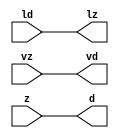
// ================================================================
// NVDLA Open Source Project
//
// Copyright(c) 2016 - 2017 NVIDIA Corporation. Licensed under the
// NVDLA Open Hardware License; Check "LICENSE" which comes with
// this distribution for more information.
// ================================================================
module FP16_TO_FP32_mgc_in_wire_wait_v1 (ld, vd, d, lz, vz, z);
  parameter integer rscid = 1;
  parameter integer width = 8;
  input ld;
  output vd;
  output [width-1:0] d;
  output lz;
  input vz;
  input [width-1:0] z;
  wire vd;
  wire [width-1:0] d;
  wire lz;
  assign d = z;
  assign lz = ld;
  assign vd = vz;
endmodule
//------> /home/tools/calypto/catapult-10.0-264918/Mgc_home/pkgs/siflibs/FP16_TO_FP32_mgc_out_stdreg_wait_v1.v
//------------------------------------------------------------------------------
// Catapult Synthesis - Sample I/O Port Library
//
// Copyright (c) 2003-2015 Mentor Graphics Corp.
// All Rights Reserved
//
// This document may be used and distributed without restriction provided that
// this copyright statement is not removed from the file and that any derivative
// work contains this copyright notice.
//
// The design information contained in this file is intended to be an example
// of the functionality which the end user may study in preparation for creating
// their own custom interfaces. This design does not necessarily present a
// complete implementation of the named protocol or standard.
//
//------------------------------------------------------------------------------
module FP16_TO_FP32_mgc_out_stdreg_wait_v1 (ld, vd, d, lz, vz, z);
  parameter integer rscid = 1;
  parameter integer width = 8;
  input ld;
  output vd;
  input [width-1:0] d;
  output lz;
  input vz;
  output [width-1:0] z;
  wire vd;
  wire lz;
  wire [width-1:0] z;
  assign z = d;
  assign lz = ld;
  assign vd = vz;
endmodule
//------> /home/tools/calypto/catapult-10.0-264918/Mgc_home/pkgs/siflibs/mgc_shift_l_beh_v4.v
module FP16_TO_FP32_mgc_shift_l_v4(a,s,z);
   parameter width_a = 4;
   parameter signd_a = 1;
   parameter width_s = 2;
   parameter width_z = 8;
   input [width_a-1:0] a;
   input [width_s-1:0] s;
   output [width_z -1:0] z;
   generate
   if (signd_a)
   begin: SIGNED
      assign z = fshl_u(a,s,a[width_a-1]);
   end
   else
   begin: UNSIGNED
      assign z = fshl_u(a,s,1'b0);
   end
   endgenerate
//Shift-left - unsigned shift argument one bit more
   function [width_z-1:0] fshl_u_1;
      input [width_a :0] arg1;
      input [width_s-1:0] arg2;
      input sbit;
      parameter olen = width_z;
      parameter ilen = width_a+1;
      parameter len = (ilen >= olen) ? ilen : olen;
      reg [len-1:0] result;
      reg [len-1:0] result_t;
      begin
        result_t = {(len){sbit}};
        result_t[ilen-1:0] = arg1;
        result = result_t <<< arg2;
        fshl_u_1 = result[olen-1:0];
      end
   endfunction // fshl_u
//Shift-left - unsigned shift argument
   function [width_z-1:0] fshl_u;
      input [width_a-1:0] arg1;
      input [width_s-1:0] arg2;
      input sbit;
      fshl_u = fshl_u_1({sbit,arg1} ,arg2, sbit);
   endfunction // fshl_u
endmodule
//------> ../td_ccore_solutions/leading_sign_23_0_4073cf0915bb058d810f74a52f4b9b365444_0/rtl.v
// ----------------------------------------------------------------------
// HLS HDL: Verilog Netlister
// HLS Version: 10.0/264918 Production Release
// HLS Date: Mon Aug 8 13:35:54 PDT 2016
//
// Generated by: ezhang@hk-sim-11-197
// Generated date: Tue Nov 15 18:08:42 2016
// ----------------------------------------------------------------------
//
// ------------------------------------------------------------------
// Design Unit: FP16_TO_FP32_leading_sign_23_0
// ------------------------------------------------------------------
module FP16_TO_FP32_leading_sign_23_0 (
  mantissa, rtn
);
  input [22:0] mantissa;
  output [4:0] rtn;
// Interconnect Declarations
  wire IntLeadZero_23U_leading_sign_23_0_rtn_wrs_c_6_2_sdt_2;
  wire IntLeadZero_23U_leading_sign_23_0_rtn_wrs_c_18_3_sdt_3;
  wire IntLeadZero_23U_leading_sign_23_0_rtn_wrs_c_26_2_sdt_2;
  wire IntLeadZero_23U_leading_sign_23_0_rtn_wrs_c_42_4_sdt_4;
  wire IntLeadZero_23U_leading_sign_23_0_rtn_wrs_c_50_2_sdt_2;
  wire IntLeadZero_23U_leading_sign_23_0_rtn_wrs_c_6_2_sdt_1;
  wire IntLeadZero_23U_leading_sign_23_0_rtn_wrs_c_14_2_sdt_1;
  wire IntLeadZero_23U_leading_sign_23_0_rtn_wrs_c_26_2_sdt_1;
  wire IntLeadZero_23U_leading_sign_23_0_rtn_wrs_c_34_2_sdt_1;
  wire IntLeadZero_23U_leading_sign_23_0_rtn_wrs_c_50_2_sdt_1;
  wire IntLeadZero_23U_leading_sign_23_0_rtn_wrs_c_56_2_sdt_1;
  wire c_h_1_2;
  wire c_h_1_5;
  wire c_h_1_6;
  wire c_h_1_9;
  wire c_h_1_10;
  wire[0:0] IntLeadZero_23U_leading_sign_23_0_rtn_and_85_nl;
  wire[0:0] IntLeadZero_23U_leading_sign_23_0_rtn_and_83_nl;
  wire[0:0] IntLeadZero_23U_leading_sign_23_0_rtn_and_90_nl;
  wire[0:0] IntLeadZero_23U_leading_sign_23_0_rtn_IntLeadZero_23U_leading_sign_23_0_rtn_or_2_nl;
// Interconnect Declarations for Component Instantiations
  assign IntLeadZero_23U_leading_sign_23_0_rtn_wrs_c_6_2_sdt_2 = ~((mantissa[20:19]!=2'b00));
  assign IntLeadZero_23U_leading_sign_23_0_rtn_wrs_c_6_2_sdt_1 = ~((mantissa[22:21]!=2'b00));
  assign IntLeadZero_23U_leading_sign_23_0_rtn_wrs_c_14_2_sdt_1 = ~((mantissa[18:17]!=2'b00));
  assign c_h_1_2 = IntLeadZero_23U_leading_sign_23_0_rtn_wrs_c_6_2_sdt_1 & IntLeadZero_23U_leading_sign_23_0_rtn_wrs_c_6_2_sdt_2;
  assign IntLeadZero_23U_leading_sign_23_0_rtn_wrs_c_18_3_sdt_3 = (mantissa[16:15]==2'b00)
      & IntLeadZero_23U_leading_sign_23_0_rtn_wrs_c_14_2_sdt_1;
  assign IntLeadZero_23U_leading_sign_23_0_rtn_wrs_c_26_2_sdt_2 = ~((mantissa[12:11]!=2'b00));
  assign IntLeadZero_23U_leading_sign_23_0_rtn_wrs_c_26_2_sdt_1 = ~((mantissa[14:13]!=2'b00));
  assign IntLeadZero_23U_leading_sign_23_0_rtn_wrs_c_34_2_sdt_1 = ~((mantissa[10:9]!=2'b00));
  assign c_h_1_5 = IntLeadZero_23U_leading_sign_23_0_rtn_wrs_c_26_2_sdt_1 & IntLeadZero_23U_leading_sign_23_0_rtn_wrs_c_26_2_sdt_2;
  assign c_h_1_6 = c_h_1_2 & IntLeadZero_23U_leading_sign_23_0_rtn_wrs_c_18_3_sdt_3;
  assign IntLeadZero_23U_leading_sign_23_0_rtn_wrs_c_42_4_sdt_4 = (mantissa[8:7]==2'b00)
      & IntLeadZero_23U_leading_sign_23_0_rtn_wrs_c_34_2_sdt_1 & c_h_1_5;
  assign IntLeadZero_23U_leading_sign_23_0_rtn_wrs_c_50_2_sdt_2 = ~((mantissa[4:3]!=2'b00));
  assign IntLeadZero_23U_leading_sign_23_0_rtn_wrs_c_50_2_sdt_1 = ~((mantissa[6:5]!=2'b00));
  assign IntLeadZero_23U_leading_sign_23_0_rtn_wrs_c_56_2_sdt_1 = ~((mantissa[2:1]!=2'b00));
  assign c_h_1_9 = IntLeadZero_23U_leading_sign_23_0_rtn_wrs_c_50_2_sdt_1 & IntLeadZero_23U_leading_sign_23_0_rtn_wrs_c_50_2_sdt_2;
  assign c_h_1_10 = c_h_1_6 & IntLeadZero_23U_leading_sign_23_0_rtn_wrs_c_42_4_sdt_4;
  assign IntLeadZero_23U_leading_sign_23_0_rtn_and_85_nl = c_h_1_6 & (~ IntLeadZero_23U_leading_sign_23_0_rtn_wrs_c_42_4_sdt_4);
  assign IntLeadZero_23U_leading_sign_23_0_rtn_and_83_nl = c_h_1_2 & (c_h_1_5 | (~
      IntLeadZero_23U_leading_sign_23_0_rtn_wrs_c_18_3_sdt_3)) & (c_h_1_9 | (~ c_h_1_10));
  assign IntLeadZero_23U_leading_sign_23_0_rtn_and_90_nl = IntLeadZero_23U_leading_sign_23_0_rtn_wrs_c_6_2_sdt_1
      & (IntLeadZero_23U_leading_sign_23_0_rtn_wrs_c_14_2_sdt_1 | (~ IntLeadZero_23U_leading_sign_23_0_rtn_wrs_c_6_2_sdt_2))
      & (~((~(IntLeadZero_23U_leading_sign_23_0_rtn_wrs_c_26_2_sdt_1 & (IntLeadZero_23U_leading_sign_23_0_rtn_wrs_c_34_2_sdt_1
      | (~ IntLeadZero_23U_leading_sign_23_0_rtn_wrs_c_26_2_sdt_2)))) & c_h_1_6))
      & (~((~(IntLeadZero_23U_leading_sign_23_0_rtn_wrs_c_50_2_sdt_1 & (IntLeadZero_23U_leading_sign_23_0_rtn_wrs_c_56_2_sdt_1
      | (~ IntLeadZero_23U_leading_sign_23_0_rtn_wrs_c_50_2_sdt_2)))) & c_h_1_10));
  assign IntLeadZero_23U_leading_sign_23_0_rtn_IntLeadZero_23U_leading_sign_23_0_rtn_or_2_nl
      = ((~((mantissa[22]) | (~((mantissa[21:20]!=2'b01))))) & (~(((mantissa[18])
      | (~((mantissa[17:16]!=2'b01)))) & c_h_1_2)) & (~((~((~((mantissa[14]) | (~((mantissa[13:12]!=2'b01)))))
      & (~(((mantissa[10]) | (~((mantissa[9:8]!=2'b01)))) & c_h_1_5)))) & c_h_1_6))
      & (~((~((~((mantissa[6]) | (~((mantissa[5:4]!=2'b01))))) & (~((~((mantissa[2:1]==2'b01)))
      & c_h_1_9)))) & c_h_1_10))) | ((~ (mantissa[0])) & IntLeadZero_23U_leading_sign_23_0_rtn_wrs_c_56_2_sdt_1
      & c_h_1_9 & c_h_1_10);
  assign rtn = {c_h_1_10 , (IntLeadZero_23U_leading_sign_23_0_rtn_and_85_nl) , (IntLeadZero_23U_leading_sign_23_0_rtn_and_83_nl)
      , (IntLeadZero_23U_leading_sign_23_0_rtn_and_90_nl) , (IntLeadZero_23U_leading_sign_23_0_rtn_IntLeadZero_23U_leading_sign_23_0_rtn_or_2_nl)};
endmodule
//------> ./rtl.v
// ----------------------------------------------------------------------
// HLS HDL: Verilog Netlister
// HLS Version: 10.0/264918 Production Release
// HLS Date: Mon Aug 8 13:35:54 PDT 2016
//
// Generated by: ezhang@hk-sim-10-084
// Generated date: Mon Mar 20 14:09:04 2017
// ----------------------------------------------------------------------
//
// ------------------------------------------------------------------
// Design Unit: FP16_TO_FP32_chn_o_rsci_unreg
// ------------------------------------------------------------------
module FP16_TO_FP32_chn_o_rsci_unreg (
  in_0, outsig
);
  input in_0;
  output outsig;
// Interconnect Declarations for Component Instantiations
  assign outsig = in_0;
endmodule
// ------------------------------------------------------------------
// Design Unit: FP16_TO_FP32_chn_a_rsci_unreg
// ------------------------------------------------------------------
module FP16_TO_FP32_chn_a_rsci_unreg (
  in_0, outsig
);
  input in_0;
  output outsig;
// Interconnect Declarations for Component Instantiations
  assign outsig = in_0;
endmodule
// ------------------------------------------------------------------
// Design Unit: HLS_fp16_to_fp32_core_core_fsm
// FSM Module
// ------------------------------------------------------------------
module HLS_fp16_to_fp32_core_core_fsm (
  nvdla_core_clk, nvdla_core_rstn, core_wen, fsm_output
);
  input nvdla_core_clk;
  input nvdla_core_rstn;
  input core_wen;
  output [1:0] fsm_output;
  reg [1:0] fsm_output;
// FSM State Type Declaration for HLS_fp16_to_fp32_core_core_fsm_1
  parameter
    core_rlp_C_0 = 1'd0,
    main_C_0 = 1'd1;
  reg [0:0] state_var;
  reg [0:0] state_var_NS;
// Interconnect Declarations for Component Instantiations
  always @(*)
  begin : HLS_fp16_to_fp32_core_core_fsm_1
    case (state_var)
      main_C_0 : begin
        fsm_output = 2'b10;
        state_var_NS = main_C_0;
      end
// core_rlp_C_0
      default : begin
        fsm_output = 2'b1;
        state_var_NS = main_C_0;
      end
    endcase
  end
  always @(posedge nvdla_core_clk or negedge nvdla_core_rstn) begin
    if ( ~ nvdla_core_rstn ) begin
      state_var <= core_rlp_C_0;
    end
    else if ( core_wen ) begin
      state_var <= state_var_NS;
    end
  end
endmodule
// ------------------------------------------------------------------
// Design Unit: HLS_fp16_to_fp32_core_staller
// ------------------------------------------------------------------
module HLS_fp16_to_fp32_core_staller (
  nvdla_core_clk, nvdla_core_rstn, core_wen, chn_a_rsci_wen_comp, core_wten, chn_o_rsci_wen_comp
);
  input nvdla_core_clk;
  input nvdla_core_rstn;
  output core_wen;
  input chn_a_rsci_wen_comp;
  output core_wten;
  reg core_wten;
  input chn_o_rsci_wen_comp;
// Interconnect Declarations for Component Instantiations
  assign core_wen = chn_a_rsci_wen_comp & chn_o_rsci_wen_comp;
  always @(posedge nvdla_core_clk or negedge nvdla_core_rstn) begin
    if ( ~ nvdla_core_rstn ) begin
      core_wten <= 1'b0;
    end
    else begin
      core_wten <= ~ core_wen;
    end
  end
endmodule
// ------------------------------------------------------------------
// Design Unit: HLS_fp16_to_fp32_core_chn_o_rsci_chn_o_wait_dp
// ------------------------------------------------------------------
module HLS_fp16_to_fp32_core_chn_o_rsci_chn_o_wait_dp (
  nvdla_core_clk, nvdla_core_rstn, chn_o_rsci_oswt, chn_o_rsci_bawt, chn_o_rsci_wen_comp,
      chn_o_rsci_biwt, chn_o_rsci_bdwt
);
  input nvdla_core_clk;
  input nvdla_core_rstn;
  input chn_o_rsci_oswt;
  output chn_o_rsci_bawt;
  output chn_o_rsci_wen_comp;
  input chn_o_rsci_biwt;
  input chn_o_rsci_bdwt;
// Interconnect Declarations
  reg chn_o_rsci_bcwt;
// Interconnect Declarations for Component Instantiations
  assign chn_o_rsci_bawt = chn_o_rsci_biwt | chn_o_rsci_bcwt;
  assign chn_o_rsci_wen_comp = (~ chn_o_rsci_oswt) | chn_o_rsci_bawt;
  always @(posedge nvdla_core_clk or negedge nvdla_core_rstn) begin
    if ( ~ nvdla_core_rstn ) begin
      chn_o_rsci_bcwt <= 1'b0;
    end
    else begin
      chn_o_rsci_bcwt <= ~((~(chn_o_rsci_bcwt | chn_o_rsci_biwt)) | chn_o_rsci_bdwt);
    end
  end
endmodule
// ------------------------------------------------------------------
// Design Unit: HLS_fp16_to_fp32_core_chn_o_rsci_chn_o_wait_ctrl
// ------------------------------------------------------------------
module HLS_fp16_to_fp32_core_chn_o_rsci_chn_o_wait_ctrl (
  nvdla_core_clk, nvdla_core_rstn, chn_o_rsci_oswt, core_wen, core_wten, chn_o_rsci_iswt0,
      chn_o_rsci_ld_core_psct, chn_o_rsci_biwt, chn_o_rsci_bdwt, chn_o_rsci_ld_core_sct,
      chn_o_rsci_vd
);
  input nvdla_core_clk;
  input nvdla_core_rstn;
  input chn_o_rsci_oswt;
  input core_wen;
  input core_wten;
  input chn_o_rsci_iswt0;
  input chn_o_rsci_ld_core_psct;
  output chn_o_rsci_biwt;
  output chn_o_rsci_bdwt;
  output chn_o_rsci_ld_core_sct;
  input chn_o_rsci_vd;
// Interconnect Declarations
  wire chn_o_rsci_ogwt;
  wire chn_o_rsci_pdswt0;
  reg chn_o_rsci_icwt;
// Interconnect Declarations for Component Instantiations
  assign chn_o_rsci_pdswt0 = (~ core_wten) & chn_o_rsci_iswt0;
  assign chn_o_rsci_biwt = chn_o_rsci_ogwt & chn_o_rsci_vd;
  assign chn_o_rsci_ogwt = chn_o_rsci_pdswt0 | chn_o_rsci_icwt;
  assign chn_o_rsci_bdwt = chn_o_rsci_oswt & core_wen;
  assign chn_o_rsci_ld_core_sct = chn_o_rsci_ld_core_psct & chn_o_rsci_ogwt;
  always @(posedge nvdla_core_clk or negedge nvdla_core_rstn) begin
    if ( ~ nvdla_core_rstn ) begin
      chn_o_rsci_icwt <= 1'b0;
    end
    else begin
      chn_o_rsci_icwt <= ~((~(chn_o_rsci_icwt | chn_o_rsci_pdswt0)) | chn_o_rsci_biwt);
    end
  end
endmodule
// ------------------------------------------------------------------
// Design Unit: HLS_fp16_to_fp32_core_chn_a_rsci_chn_a_wait_dp
// ------------------------------------------------------------------
module HLS_fp16_to_fp32_core_chn_a_rsci_chn_a_wait_dp (
  nvdla_core_clk, nvdla_core_rstn, chn_a_rsci_oswt, chn_a_rsci_bawt, chn_a_rsci_wen_comp,
      chn_a_rsci_d_mxwt, chn_a_rsci_biwt, chn_a_rsci_bdwt, chn_a_rsci_d
);
  input nvdla_core_clk;
  input nvdla_core_rstn;
  input chn_a_rsci_oswt;
  output chn_a_rsci_bawt;
  output chn_a_rsci_wen_comp;
  output [15:0] chn_a_rsci_d_mxwt;
  input chn_a_rsci_biwt;
  input chn_a_rsci_bdwt;
  input [15:0] chn_a_rsci_d;
// Interconnect Declarations
  reg chn_a_rsci_bcwt;
  reg [15:0] chn_a_rsci_d_bfwt;
// Interconnect Declarations for Component Instantiations
  assign chn_a_rsci_bawt = chn_a_rsci_biwt | chn_a_rsci_bcwt;
  assign chn_a_rsci_wen_comp = (~ chn_a_rsci_oswt) | chn_a_rsci_bawt;
  assign chn_a_rsci_d_mxwt = MUX_v_16_2_2(chn_a_rsci_d, chn_a_rsci_d_bfwt, chn_a_rsci_bcwt);
  always @(posedge nvdla_core_clk or negedge nvdla_core_rstn) begin
    if ( ~ nvdla_core_rstn ) begin
      chn_a_rsci_bcwt <= 1'b0;
      chn_a_rsci_d_bfwt <= 16'b0;
    end
    else begin
      chn_a_rsci_bcwt <= ~((~(chn_a_rsci_bcwt | chn_a_rsci_biwt)) | chn_a_rsci_bdwt);
      chn_a_rsci_d_bfwt <= chn_a_rsci_d_mxwt;
    end
  end
  function [15:0] MUX_v_16_2_2;
    input [15:0] input_0;
    input [15:0] input_1;
    input [0:0] sel;
    reg [15:0] result;
  begin
    case (sel)
      1'b0 : begin
        result = input_0;
      end
      default : begin
        result = input_1;
      end
    endcase
    MUX_v_16_2_2 = result;
  end
  endfunction
endmodule
// ------------------------------------------------------------------
// Design Unit: HLS_fp16_to_fp32_core_chn_a_rsci_chn_a_wait_ctrl
// ------------------------------------------------------------------
module HLS_fp16_to_fp32_core_chn_a_rsci_chn_a_wait_ctrl (
  nvdla_core_clk, nvdla_core_rstn, chn_a_rsci_oswt, core_wen, chn_a_rsci_iswt0, chn_a_rsci_ld_core_psct,
      core_wten, chn_a_rsci_biwt, chn_a_rsci_bdwt, chn_a_rsci_ld_core_sct, chn_a_rsci_vd
);
  input nvdla_core_clk;
  input nvdla_core_rstn;
  input chn_a_rsci_oswt;
  input core_wen;
  input chn_a_rsci_iswt0;
  input chn_a_rsci_ld_core_psct;
  input core_wten;
  output chn_a_rsci_biwt;
  output chn_a_rsci_bdwt;
  output chn_a_rsci_ld_core_sct;
  input chn_a_rsci_vd;
// Interconnect Declarations
  wire chn_a_rsci_ogwt;
  wire chn_a_rsci_pdswt0;
  reg chn_a_rsci_icwt;
// Interconnect Declarations for Component Instantiations
  assign chn_a_rsci_pdswt0 = (~ core_wten) & chn_a_rsci_iswt0;
  assign chn_a_rsci_biwt = chn_a_rsci_ogwt & chn_a_rsci_vd;
  assign chn_a_rsci_ogwt = chn_a_rsci_pdswt0 | chn_a_rsci_icwt;
  assign chn_a_rsci_bdwt = chn_a_rsci_oswt & core_wen;
  assign chn_a_rsci_ld_core_sct = chn_a_rsci_ld_core_psct & chn_a_rsci_ogwt;
  always @(posedge nvdla_core_clk or negedge nvdla_core_rstn) begin
    if ( ~ nvdla_core_rstn ) begin
      chn_a_rsci_icwt <= 1'b0;
    end
    else begin
      chn_a_rsci_icwt <= ~((~(chn_a_rsci_icwt | chn_a_rsci_pdswt0)) | chn_a_rsci_biwt);
    end
  end
endmodule
// ------------------------------------------------------------------
// Design Unit: HLS_fp16_to_fp32_core_chn_o_rsci
// ------------------------------------------------------------------
module HLS_fp16_to_fp32_core_chn_o_rsci (
  nvdla_core_clk, nvdla_core_rstn, chn_o_rsc_z, chn_o_rsc_vz, chn_o_rsc_lz, chn_o_rsci_oswt,
      core_wen, core_wten, chn_o_rsci_iswt0, chn_o_rsci_bawt, chn_o_rsci_wen_comp,
      chn_o_rsci_ld_core_psct, chn_o_rsci_d
);
  input nvdla_core_clk;
  input nvdla_core_rstn;
  output [31:0] chn_o_rsc_z;
  input chn_o_rsc_vz;
  output chn_o_rsc_lz;
  input chn_o_rsci_oswt;
  input core_wen;
  input core_wten;
  input chn_o_rsci_iswt0;
  output chn_o_rsci_bawt;
  output chn_o_rsci_wen_comp;
  input chn_o_rsci_ld_core_psct;
  input [31:0] chn_o_rsci_d;
// Interconnect Declarations
  wire chn_o_rsci_biwt;
  wire chn_o_rsci_bdwt;
  wire chn_o_rsci_ld_core_sct;
  wire chn_o_rsci_vd;
// Interconnect Declarations for Component Instantiations
  FP16_TO_FP32_mgc_out_stdreg_wait_v1 #(.rscid(32'sd2),
  .width(32'sd32)) chn_o_rsci (
      .ld(chn_o_rsci_ld_core_sct),
      .vd(chn_o_rsci_vd),
      .d(chn_o_rsci_d),
      .lz(chn_o_rsc_lz),
      .vz(chn_o_rsc_vz),
      .z(chn_o_rsc_z)
    );
  HLS_fp16_to_fp32_core_chn_o_rsci_chn_o_wait_ctrl HLS_fp16_to_fp32_core_chn_o_rsci_chn_o_wait_ctrl_inst
      (
      .nvdla_core_clk(nvdla_core_clk),
      .nvdla_core_rstn(nvdla_core_rstn),
      .chn_o_rsci_oswt(chn_o_rsci_oswt),
      .core_wen(core_wen),
      .core_wten(core_wten),
      .chn_o_rsci_iswt0(chn_o_rsci_iswt0),
      .chn_o_rsci_ld_core_psct(chn_o_rsci_ld_core_psct),
      .chn_o_rsci_biwt(chn_o_rsci_biwt),
      .chn_o_rsci_bdwt(chn_o_rsci_bdwt),
      .chn_o_rsci_ld_core_sct(chn_o_rsci_ld_core_sct),
      .chn_o_rsci_vd(chn_o_rsci_vd)
    );
  HLS_fp16_to_fp32_core_chn_o_rsci_chn_o_wait_dp HLS_fp16_to_fp32_core_chn_o_rsci_chn_o_wait_dp_inst
      (
      .nvdla_core_clk(nvdla_core_clk),
      .nvdla_core_rstn(nvdla_core_rstn),
      .chn_o_rsci_oswt(chn_o_rsci_oswt),
      .chn_o_rsci_bawt(chn_o_rsci_bawt),
      .chn_o_rsci_wen_comp(chn_o_rsci_wen_comp),
      .chn_o_rsci_biwt(chn_o_rsci_biwt),
      .chn_o_rsci_bdwt(chn_o_rsci_bdwt)
    );
endmodule
// ------------------------------------------------------------------
// Design Unit: HLS_fp16_to_fp32_core_chn_a_rsci
// ------------------------------------------------------------------
module HLS_fp16_to_fp32_core_chn_a_rsci (
  nvdla_core_clk, nvdla_core_rstn, chn_a_rsc_z, chn_a_rsc_vz, chn_a_rsc_lz, chn_a_rsci_oswt,
      core_wen, chn_a_rsci_iswt0, chn_a_rsci_bawt, chn_a_rsci_wen_comp, chn_a_rsci_ld_core_psct,
      chn_a_rsci_d_mxwt, core_wten
);
  input nvdla_core_clk;
  input nvdla_core_rstn;
  input [15:0] chn_a_rsc_z;
  input chn_a_rsc_vz;
  output chn_a_rsc_lz;
  input chn_a_rsci_oswt;
  input core_wen;
  input chn_a_rsci_iswt0;
  output chn_a_rsci_bawt;
  output chn_a_rsci_wen_comp;
  input chn_a_rsci_ld_core_psct;
  output [15:0] chn_a_rsci_d_mxwt;
  input core_wten;
// Interconnect Declarations
  wire chn_a_rsci_biwt;
  wire chn_a_rsci_bdwt;
  wire chn_a_rsci_ld_core_sct;
  wire chn_a_rsci_vd;
  wire [15:0] chn_a_rsci_d;
// Interconnect Declarations for Component Instantiations
  FP16_TO_FP32_mgc_in_wire_wait_v1 #(.rscid(32'sd1),
  .width(32'sd16)) chn_a_rsci (
      .ld(chn_a_rsci_ld_core_sct),
      .vd(chn_a_rsci_vd),
      .d(chn_a_rsci_d),
      .lz(chn_a_rsc_lz),
      .vz(chn_a_rsc_vz),
      .z(chn_a_rsc_z)
    );
  HLS_fp16_to_fp32_core_chn_a_rsci_chn_a_wait_ctrl HLS_fp16_to_fp32_core_chn_a_rsci_chn_a_wait_ctrl_inst
      (
      .nvdla_core_clk(nvdla_core_clk),
      .nvdla_core_rstn(nvdla_core_rstn),
      .chn_a_rsci_oswt(chn_a_rsci_oswt),
      .core_wen(core_wen),
      .chn_a_rsci_iswt0(chn_a_rsci_iswt0),
      .chn_a_rsci_ld_core_psct(chn_a_rsci_ld_core_psct),
      .core_wten(core_wten),
      .chn_a_rsci_biwt(chn_a_rsci_biwt),
      .chn_a_rsci_bdwt(chn_a_rsci_bdwt),
      .chn_a_rsci_ld_core_sct(chn_a_rsci_ld_core_sct),
      .chn_a_rsci_vd(chn_a_rsci_vd)
    );
  HLS_fp16_to_fp32_core_chn_a_rsci_chn_a_wait_dp HLS_fp16_to_fp32_core_chn_a_rsci_chn_a_wait_dp_inst
      (
      .nvdla_core_clk(nvdla_core_clk),
      .nvdla_core_rstn(nvdla_core_rstn),
      .chn_a_rsci_oswt(chn_a_rsci_oswt),
      .chn_a_rsci_bawt(chn_a_rsci_bawt),
      .chn_a_rsci_wen_comp(chn_a_rsci_wen_comp),
      .chn_a_rsci_d_mxwt(chn_a_rsci_d_mxwt),
      .chn_a_rsci_biwt(chn_a_rsci_biwt),
      .chn_a_rsci_bdwt(chn_a_rsci_bdwt),
      .chn_a_rsci_d(chn_a_rsci_d)
    );
endmodule
// ------------------------------------------------------------------
// Design Unit: HLS_fp16_to_fp32_core
// ------------------------------------------------------------------
module HLS_fp16_to_fp32_core (
  nvdla_core_clk, nvdla_core_rstn, chn_a_rsc_z, chn_a_rsc_vz, chn_a_rsc_lz, chn_o_rsc_z,
      chn_o_rsc_vz, chn_o_rsc_lz, chn_a_rsci_oswt, chn_a_rsci_oswt_unreg, chn_o_rsci_oswt,
      chn_o_rsci_oswt_unreg
);
  input nvdla_core_clk;
  input nvdla_core_rstn;
  input [15:0] chn_a_rsc_z;
  input chn_a_rsc_vz;
  output chn_a_rsc_lz;
  output [31:0] chn_o_rsc_z;
  input chn_o_rsc_vz;
  output chn_o_rsc_lz;
  input chn_a_rsci_oswt;
  output chn_a_rsci_oswt_unreg;
  input chn_o_rsci_oswt;
  output chn_o_rsci_oswt_unreg;
// Interconnect Declarations
  wire core_wen;
  reg chn_a_rsci_iswt0;
  wire chn_a_rsci_bawt;
  wire chn_a_rsci_wen_comp;
  reg chn_a_rsci_ld_core_psct;
  wire [15:0] chn_a_rsci_d_mxwt;
  wire core_wten;
  wire chn_o_rsci_bawt;
  wire chn_o_rsci_wen_comp;
  reg chn_o_rsci_d_31;
  reg [3:0] chn_o_rsci_d_26_23;
  reg [9:0] chn_o_rsci_d_22_13;
  reg [2:0] chn_o_rsci_d_12_10;
  reg [9:0] chn_o_rsci_d_9_0;
  reg [1:0] chn_o_rsci_d_30_29;
  reg [1:0] chn_o_rsci_d_28_27;
  wire [1:0] fsm_output;
  wire IsNaN_5U_23U_nor_tmp;
  wire and_dcpl_2;
  wire and_dcpl_7;
  wire and_dcpl_10;
  wire or_dcpl_8;
  wire and_dcpl_23;
  wire or_tmp_19;
  wire and_42_cse;
  wire and_46_cse;
  wire and_48_cse;
  wire and_4_mdf;
  wire IsDenorm_5U_23U_land_lpi_1_dfm;
  wire IsInf_5U_23U_land_lpi_1_dfm;
  wire IsNaN_5U_23U_IsNaN_5U_23U_nand_cse;
  wire IsZero_5U_23U_IsZero_5U_23U_nor_cse_sva;
  wire [9:0] FpMantWidthInc_5U_10U_23U_1U_1U_o_mant_22_13_lpi_1_dfm;
  wire [9:0] FpMantWidthInc_5U_10U_23U_1U_1U_o_mant_9_0_lpi_1_dfm;
  wire chn_o_and_1_cse;
  reg reg_chn_o_rsci_iswt0_cse;
  reg reg_chn_o_rsci_ld_core_psct_cse;
  wire or_cse;
  wire chn_o_rsci_d_9_0_mx0c1;
  wire [22:0] FpExpoWidthInc_5U_8U_23U_1U_1U_o_mant_sva_2;
  wire FpExpoWidthInc_5U_8U_23U_1U_1U_FpExpoWidthInc_5U_8U_23U_1U_1U_nor_ssc;
  wire [5:0] z_out;
  wire [6:0] nl_z_out;
  wire HLS_fp16_to_fp32_core_nvdla_float_h_ln477_assert_iExpoWidth_le_oExpoWidth_sig_mx0;
  wire chn_a_rsci_ld_core_psct_mx0c0;
  wire [5:0] FpExpoWidthInc_5U_8U_23U_1U_1U_if_1_if_acc_psp_sva;
  wire [6:0] nl_FpExpoWidthInc_5U_8U_23U_1U_1U_if_1_if_acc_psp_sva;
  wire IsNaN_5U_23U_land_lpi_1_dfm;
  wire FpExpoWidthInc_5U_8U_23U_1U_1U_exs_10_0;
  wire [4:0] libraries_leading_sign_23_0_4073cf0915bb058d810f74a52f4b9b365444_1;
  wire[0:0] iExpoWidth_oExpoWidth_prb;
  wire[0:0] iMantWidth_oMantWidth_prb;
  wire[0:0] iMantWidth_oMantWidth_prb_1;
  wire[0:0] iExpoWidth_oExpoWidth_prb_1;
  wire[1:0] FpExpoWidthInc_5U_8U_23U_1U_1U_mux_6_nl;
  wire[1:0] FpExpoWidthInc_5U_8U_23U_1U_1U_FpExpoWidthInc_5U_8U_23U_1U_1U_and_2_nl;
  wire[1:0] FpExpoWidthInc_5U_8U_23U_1U_1U_mux_8_nl;
  wire[1:0] FpExpoWidthInc_5U_8U_23U_1U_1U_FpExpoWidthInc_5U_8U_23U_1U_1U_and_5_nl;
  wire[9:0] FpExpoWidthInc_5U_8U_23U_1U_1U_FpExpoWidthInc_5U_8U_23U_1U_1U_or_4_nl;
  wire[0:0] or_35_nl;
  wire[2:0] FpExpoWidthInc_5U_8U_23U_1U_1U_if_3_nor_nl;
  wire[2:0] FpExpoWidthInc_5U_8U_23U_1U_1U_FpExpoWidthInc_5U_8U_23U_1U_1U_and_4_nl;
  wire[0:0] not_nl;
  wire[9:0] FpExpoWidthInc_5U_8U_23U_1U_1U_FpExpoWidthInc_5U_8U_23U_1U_1U_or_5_nl;
  wire[0:0] or_36_nl;
  wire[3:0] FpExpoWidthInc_5U_8U_23U_1U_1U_FpExpoWidthInc_5U_8U_23U_1U_1U_mux1h_nl;
  wire[0:0] and_6_nl;
  wire[0:0] IsNaN_5U_23U_aelse_not_2_nl;
  wire[4:0] FpExpoWidthInc_5U_8U_23U_1U_1U_else_mux_1_nl;
  wire[0:0] FpExpoWidthInc_5U_8U_23U_1U_1U_if_1_if_and_1_nl;
// Interconnect Declarations for Component Instantiations
  wire [21:0] nl_FpExpoWidthInc_5U_8U_23U_1U_1U_if_1_if_lshift_rg_a;
  assign nl_FpExpoWidthInc_5U_8U_23U_1U_1U_if_1_if_lshift_rg_a = {(chn_a_rsci_d_mxwt[8:0])
      , 13'b0};
  wire [5:0] nl_FpExpoWidthInc_5U_8U_23U_1U_1U_if_1_if_lshift_rg_s;
  assign nl_FpExpoWidthInc_5U_8U_23U_1U_1U_if_1_if_lshift_rg_s = z_out;
  wire [22:0] nl_leading_sign_23_0_rg_mantissa;
  assign nl_leading_sign_23_0_rg_mantissa = {(chn_a_rsci_d_mxwt[9:0]) , 13'b0};
  wire [31:0] nl_HLS_fp16_to_fp32_core_chn_o_rsci_inst_chn_o_rsci_d;
  assign nl_HLS_fp16_to_fp32_core_chn_o_rsci_inst_chn_o_rsci_d = {chn_o_rsci_d_31
      , chn_o_rsci_d_30_29 , chn_o_rsci_d_28_27 , chn_o_rsci_d_26_23 , chn_o_rsci_d_22_13
      , chn_o_rsci_d_12_10 , chn_o_rsci_d_9_0};
  FP16_TO_FP32_mgc_shift_l_v4 #(.width_a(32'sd22),
  .signd_a(32'sd0),
  .width_s(32'sd6),
  .width_z(32'sd23)) FpExpoWidthInc_5U_8U_23U_1U_1U_if_1_if_lshift_rg (
      .a(nl_FpExpoWidthInc_5U_8U_23U_1U_1U_if_1_if_lshift_rg_a[21:0]),
      .s(nl_FpExpoWidthInc_5U_8U_23U_1U_1U_if_1_if_lshift_rg_s[5:0]),
      .z(FpExpoWidthInc_5U_8U_23U_1U_1U_o_mant_sva_2)
    );
  FP16_TO_FP32_leading_sign_23_0 leading_sign_23_0_rg (
      .mantissa(nl_leading_sign_23_0_rg_mantissa[22:0]),
      .rtn(libraries_leading_sign_23_0_4073cf0915bb058d810f74a52f4b9b365444_1)
    );
  HLS_fp16_to_fp32_core_chn_a_rsci HLS_fp16_to_fp32_core_chn_a_rsci_inst (
      .nvdla_core_clk(nvdla_core_clk),
      .nvdla_core_rstn(nvdla_core_rstn),
      .chn_a_rsc_z(chn_a_rsc_z),
      .chn_a_rsc_vz(chn_a_rsc_vz),
      .chn_a_rsc_lz(chn_a_rsc_lz),
      .chn_a_rsci_oswt(chn_a_rsci_oswt),
      .core_wen(core_wen),
      .chn_a_rsci_iswt0(chn_a_rsci_iswt0),
      .chn_a_rsci_bawt(chn_a_rsci_bawt),
      .chn_a_rsci_wen_comp(chn_a_rsci_wen_comp),
      .chn_a_rsci_ld_core_psct(chn_a_rsci_ld_core_psct),
      .chn_a_rsci_d_mxwt(chn_a_rsci_d_mxwt),
      .core_wten(core_wten)
    );
  HLS_fp16_to_fp32_core_chn_o_rsci HLS_fp16_to_fp32_core_chn_o_rsci_inst (
      .nvdla_core_clk(nvdla_core_clk),
      .nvdla_core_rstn(nvdla_core_rstn),
      .chn_o_rsc_z(chn_o_rsc_z),
      .chn_o_rsc_vz(chn_o_rsc_vz),
      .chn_o_rsc_lz(chn_o_rsc_lz),
      .chn_o_rsci_oswt(chn_o_rsci_oswt),
      .core_wen(core_wen),
      .core_wten(core_wten),
      .chn_o_rsci_iswt0(reg_chn_o_rsci_iswt0_cse),
      .chn_o_rsci_bawt(chn_o_rsci_bawt),
      .chn_o_rsci_wen_comp(chn_o_rsci_wen_comp),
      .chn_o_rsci_ld_core_psct(reg_chn_o_rsci_ld_core_psct_cse),
      .chn_o_rsci_d(nl_HLS_fp16_to_fp32_core_chn_o_rsci_inst_chn_o_rsci_d[31:0])
    );
  HLS_fp16_to_fp32_core_staller HLS_fp16_to_fp32_core_staller_inst (
      .nvdla_core_clk(nvdla_core_clk),
      .nvdla_core_rstn(nvdla_core_rstn),
      .core_wen(core_wen),
      .chn_a_rsci_wen_comp(chn_a_rsci_wen_comp),
      .core_wten(core_wten),
      .chn_o_rsci_wen_comp(chn_o_rsci_wen_comp)
    );
  HLS_fp16_to_fp32_core_core_fsm HLS_fp16_to_fp32_core_core_fsm_inst (
      .nvdla_core_clk(nvdla_core_clk),
      .nvdla_core_rstn(nvdla_core_rstn),
      .core_wen(core_wen),
      .fsm_output(fsm_output)
    );
  assign iExpoWidth_oExpoWidth_prb = HLS_fp16_to_fp32_core_nvdla_float_h_ln477_assert_iExpoWidth_le_oExpoWidth_sig_mx0;
// assert(iExpoWidth <= oExpoWidth) - ../include/nvdla_float.h: line 596
// PSL HLS_fp16_to_fp32_core_nvdla_float_h_ln596_assert_iExpoWidth_le_oExpoWidth : assert { iExpoWidth_oExpoWidth_prb } @rose(nvdla_core_clk);
  assign iMantWidth_oMantWidth_prb = HLS_fp16_to_fp32_core_nvdla_float_h_ln477_assert_iExpoWidth_le_oExpoWidth_sig_mx0;
// assert(iMantWidth <= oMantWidth) - ../include/nvdla_float.h: line 597
// PSL HLS_fp16_to_fp32_core_nvdla_float_h_ln597_assert_iMantWidth_le_oMantWidth : assert { iMantWidth_oMantWidth_prb } @rose(nvdla_core_clk);
  assign iMantWidth_oMantWidth_prb_1 = HLS_fp16_to_fp32_core_nvdla_float_h_ln477_assert_iExpoWidth_le_oExpoWidth_sig_mx0;
// assert(iMantWidth <= oMantWidth) - ../include/nvdla_float.h: line 550
// PSL HLS_fp16_to_fp32_core_nvdla_float_h_ln550_assert_iMantWidth_le_oMantWidth : assert { iMantWidth_oMantWidth_prb_1 } @rose(nvdla_core_clk);
  assign iExpoWidth_oExpoWidth_prb_1 = HLS_fp16_to_fp32_core_nvdla_float_h_ln477_assert_iExpoWidth_le_oExpoWidth_sig_mx0;
// assert(iExpoWidth <= oExpoWidth) - ../include/nvdla_float.h: line 477
// PSL HLS_fp16_to_fp32_core_nvdla_float_h_ln477_assert_iExpoWidth_le_oExpoWidth : assert { iExpoWidth_oExpoWidth_prb_1 } @rose(nvdla_core_clk);
  assign chn_o_and_1_cse = core_wen & (~(and_42_cse | (fsm_output[0])));
  assign and_6_nl = and_4_mdf & (fsm_output[1]);
  assign HLS_fp16_to_fp32_core_nvdla_float_h_ln477_assert_iExpoWidth_le_oExpoWidth_sig_mx0
      = MUX_s_1_2_2((MUX1HOT_s_1_1_2(1'b1, fsm_output[0])), (MUX1HOT_s_1_1_2(1'b1,
      and_6_nl)), fsm_output[1]);
  assign nl_FpExpoWidthInc_5U_8U_23U_1U_1U_if_1_if_acc_psp_sva = ({1'b1 , (~ libraries_leading_sign_23_0_4073cf0915bb058d810f74a52f4b9b365444_1)})
      + 6'b110001;
  assign FpExpoWidthInc_5U_8U_23U_1U_1U_if_1_if_acc_psp_sva = nl_FpExpoWidthInc_5U_8U_23U_1U_1U_if_1_if_acc_psp_sva[5:0];
  assign FpMantWidthInc_5U_10U_23U_1U_1U_o_mant_9_0_lpi_1_dfm = MUX_v_10_2_2(10'b0000000000,
      (chn_a_rsci_d_mxwt[9:0]), IsNaN_5U_23U_land_lpi_1_dfm);
  assign FpExpoWidthInc_5U_8U_23U_1U_1U_FpExpoWidthInc_5U_8U_23U_1U_1U_nor_ssc =
      ~(IsDenorm_5U_23U_land_lpi_1_dfm | IsInf_5U_23U_land_lpi_1_dfm);
  assign IsInf_5U_23U_land_lpi_1_dfm = ~((FpMantWidthInc_5U_10U_23U_1U_1U_o_mant_22_13_lpi_1_dfm!=10'b0000000000)
      | (FpMantWidthInc_5U_10U_23U_1U_1U_o_mant_9_0_lpi_1_dfm!=10'b0000000000) |
      IsNaN_5U_23U_IsNaN_5U_23U_nand_cse);
  assign IsNaN_5U_23U_nor_tmp = ~((chn_a_rsci_d_mxwt[9:0]!=10'b0000000000));
  assign IsNaN_5U_23U_land_lpi_1_dfm = ~(IsNaN_5U_23U_nor_tmp | IsNaN_5U_23U_IsNaN_5U_23U_nand_cse);
  assign IsDenorm_5U_23U_land_lpi_1_dfm = ((chn_a_rsci_d_mxwt[9:0]!=10'b0000000000))
      & IsZero_5U_23U_IsZero_5U_23U_nor_cse_sva;
  assign IsNaN_5U_23U_aelse_not_2_nl = ~ IsNaN_5U_23U_land_lpi_1_dfm;
  assign FpMantWidthInc_5U_10U_23U_1U_1U_o_mant_22_13_lpi_1_dfm = MUX_v_10_2_2(10'b0000000000,
      (chn_a_rsci_d_mxwt[9:0]), (IsNaN_5U_23U_aelse_not_2_nl));
  assign IsNaN_5U_23U_IsNaN_5U_23U_nand_cse = ~((chn_a_rsci_d_mxwt[14:10]==5'b11111));
  assign IsZero_5U_23U_IsZero_5U_23U_nor_cse_sva = ~((chn_a_rsci_d_mxwt[14:10]!=5'b00000));
  assign or_cse = chn_o_rsci_bawt | (~ reg_chn_o_rsci_ld_core_psct_cse);
  assign and_4_mdf = chn_a_rsci_bawt & or_cse;
  assign FpExpoWidthInc_5U_8U_23U_1U_1U_exs_10_0 = (chn_a_rsci_d_mxwt[9:0]!=10'b0000000000)
      | (~ IsZero_5U_23U_IsZero_5U_23U_nor_cse_sva);
  assign and_dcpl_2 = chn_o_rsci_bawt & reg_chn_o_rsci_ld_core_psct_cse;
  assign and_dcpl_7 = (chn_a_rsci_d_mxwt[14:13]==2'b11);
  assign and_dcpl_10 = (chn_a_rsci_d_mxwt[12:10]==3'b111);
  assign or_dcpl_8 = (chn_a_rsci_d_mxwt[14:10]!=5'b11111) | IsNaN_5U_23U_nor_tmp;
  assign and_dcpl_23 = and_dcpl_2 & (~ chn_a_rsci_bawt);
  assign and_42_cse = ~((~((~ chn_o_rsci_bawt) & reg_chn_o_rsci_ld_core_psct_cse))
      & chn_a_rsci_bawt);
  assign and_46_cse = and_dcpl_10 & or_cse & and_dcpl_7 & (~ IsNaN_5U_23U_nor_tmp)
      & chn_a_rsci_bawt & (fsm_output[1]);
  assign and_48_cse = or_dcpl_8 & or_cse & chn_a_rsci_bawt & (fsm_output[1]);
  assign or_tmp_19 = or_cse & chn_a_rsci_bawt & (fsm_output[1]);
  assign chn_a_rsci_ld_core_psct_mx0c0 = and_4_mdf | (fsm_output[0]);
  assign chn_o_rsci_d_9_0_mx0c1 = and_48_cse | (or_dcpl_8 & and_dcpl_2 & chn_a_rsci_bawt);
  assign chn_a_rsci_oswt_unreg = or_tmp_19;
  assign chn_o_rsci_oswt_unreg = and_dcpl_2;
  always @(posedge nvdla_core_clk or negedge nvdla_core_rstn) begin
    if ( ~ nvdla_core_rstn ) begin
      chn_a_rsci_iswt0 <= 1'b0;
      reg_chn_o_rsci_iswt0_cse <= 1'b0;
    end
    else if ( core_wen ) begin
      chn_a_rsci_iswt0 <= ~((~ and_4_mdf) & (fsm_output[1]));
      reg_chn_o_rsci_iswt0_cse <= or_tmp_19;
    end
  end
  always @(posedge nvdla_core_clk or negedge nvdla_core_rstn) begin
    if ( ~ nvdla_core_rstn ) begin
      chn_a_rsci_ld_core_psct <= 1'b0;
    end
    else if ( core_wen & chn_a_rsci_ld_core_psct_mx0c0 ) begin
      chn_a_rsci_ld_core_psct <= chn_a_rsci_ld_core_psct_mx0c0;
    end
  end
  always @(posedge nvdla_core_clk or negedge nvdla_core_rstn) begin
    if ( ~ nvdla_core_rstn ) begin
      chn_o_rsci_d_28_27 <= 2'b0;
    end
    else if ( core_wen & (~(and_42_cse | ((~(chn_o_rsci_bawt & reg_chn_o_rsci_ld_core_psct_cse
        & chn_a_rsci_bawt)) & (fsm_output[0])))) ) begin
      chn_o_rsci_d_28_27 <= (FpExpoWidthInc_5U_8U_23U_1U_1U_mux_6_nl) | ({{1{IsInf_5U_23U_land_lpi_1_dfm}},
          IsInf_5U_23U_land_lpi_1_dfm}) | ({{1{IsNaN_5U_23U_land_lpi_1_dfm}}, IsNaN_5U_23U_land_lpi_1_dfm});
    end
  end
  always @(posedge nvdla_core_clk or negedge nvdla_core_rstn) begin
    if ( ~ nvdla_core_rstn ) begin
      chn_o_rsci_d_30_29 <= 2'b0;
      chn_o_rsci_d_12_10 <= 3'b0;
      chn_o_rsci_d_26_23 <= 4'b0;
      chn_o_rsci_d_31 <= 1'b0;
    end
    else if ( chn_o_and_1_cse ) begin
      chn_o_rsci_d_30_29 <= (FpExpoWidthInc_5U_8U_23U_1U_1U_mux_8_nl) | ({{1{IsInf_5U_23U_land_lpi_1_dfm}},
          IsInf_5U_23U_land_lpi_1_dfm}) | ({{1{IsNaN_5U_23U_land_lpi_1_dfm}}, IsNaN_5U_23U_land_lpi_1_dfm});
      chn_o_rsci_d_12_10 <= ~(MUX_v_3_2_2((FpExpoWidthInc_5U_8U_23U_1U_1U_if_3_nor_nl),
          3'b111, IsNaN_5U_23U_land_lpi_1_dfm));
      chn_o_rsci_d_26_23 <= MUX_v_4_2_2((FpExpoWidthInc_5U_8U_23U_1U_1U_FpExpoWidthInc_5U_8U_23U_1U_1U_mux1h_nl),
          4'b1111, IsNaN_5U_23U_land_lpi_1_dfm);
      chn_o_rsci_d_31 <= chn_a_rsci_d_mxwt[15];
    end
  end
  always @(posedge nvdla_core_clk or negedge nvdla_core_rstn) begin
    if ( ~ nvdla_core_rstn ) begin
      chn_o_rsci_d_9_0 <= 10'b0;
    end
    else if ( core_wen & (and_46_cse | (and_dcpl_10 & and_dcpl_7 & (~ IsNaN_5U_23U_nor_tmp)
        & chn_o_rsci_bawt & reg_chn_o_rsci_ld_core_psct_cse & chn_a_rsci_bawt) |
        chn_o_rsci_d_9_0_mx0c1) ) begin
      chn_o_rsci_d_9_0 <= MUX_v_10_2_2((FpExpoWidthInc_5U_8U_23U_1U_1U_FpExpoWidthInc_5U_8U_23U_1U_1U_or_4_nl),
          FpMantWidthInc_5U_10U_23U_1U_1U_o_mant_9_0_lpi_1_dfm, or_35_nl);
    end
  end
  always @(posedge nvdla_core_clk or negedge nvdla_core_rstn) begin
    if ( ~ nvdla_core_rstn ) begin
      chn_o_rsci_d_22_13 <= 10'b0;
    end
    else if ( core_wen & (and_46_cse | and_48_cse) ) begin
      chn_o_rsci_d_22_13 <= MUX_v_10_2_2((FpExpoWidthInc_5U_8U_23U_1U_1U_FpExpoWidthInc_5U_8U_23U_1U_1U_or_5_nl),
          FpMantWidthInc_5U_10U_23U_1U_1U_o_mant_22_13_lpi_1_dfm, or_36_nl);
    end
  end
  always @(posedge nvdla_core_clk or negedge nvdla_core_rstn) begin
    if ( ~ nvdla_core_rstn ) begin
      reg_chn_o_rsci_ld_core_psct_cse <= 1'b0;
    end
    else if ( core_wen & (or_tmp_19 | and_dcpl_23) ) begin
      reg_chn_o_rsci_ld_core_psct_cse <= ~ and_dcpl_23;
    end
  end
  assign FpExpoWidthInc_5U_8U_23U_1U_1U_FpExpoWidthInc_5U_8U_23U_1U_1U_and_2_nl =
      MUX_v_2_2_2(2'b00, ({{1{FpExpoWidthInc_5U_8U_23U_1U_1U_exs_10_0}}, FpExpoWidthInc_5U_8U_23U_1U_1U_exs_10_0}),
      (z_out[0]));
  assign FpExpoWidthInc_5U_8U_23U_1U_1U_mux_6_nl = MUX_v_2_2_2((FpExpoWidthInc_5U_8U_23U_1U_1U_if_1_if_acc_psp_sva[5:4]),
      (FpExpoWidthInc_5U_8U_23U_1U_1U_FpExpoWidthInc_5U_8U_23U_1U_1U_and_2_nl), FpExpoWidthInc_5U_8U_23U_1U_1U_FpExpoWidthInc_5U_8U_23U_1U_1U_nor_ssc);
  assign FpExpoWidthInc_5U_8U_23U_1U_1U_FpExpoWidthInc_5U_8U_23U_1U_1U_and_5_nl =
      MUX_v_2_2_2(2'b00, (z_out[3:2]), FpExpoWidthInc_5U_8U_23U_1U_1U_exs_10_0);
  assign FpExpoWidthInc_5U_8U_23U_1U_1U_mux_8_nl = MUX_v_2_2_2(2'b1, (FpExpoWidthInc_5U_8U_23U_1U_1U_FpExpoWidthInc_5U_8U_23U_1U_1U_and_5_nl),
      FpExpoWidthInc_5U_8U_23U_1U_1U_FpExpoWidthInc_5U_8U_23U_1U_1U_nor_ssc);
  assign not_nl = ~ FpExpoWidthInc_5U_8U_23U_1U_1U_FpExpoWidthInc_5U_8U_23U_1U_1U_nor_ssc;
  assign FpExpoWidthInc_5U_8U_23U_1U_1U_FpExpoWidthInc_5U_8U_23U_1U_1U_and_4_nl =
      MUX_v_3_2_2(3'b000, (FpExpoWidthInc_5U_8U_23U_1U_1U_o_mant_sva_2[12:10]), (not_nl));
  assign FpExpoWidthInc_5U_8U_23U_1U_1U_if_3_nor_nl = ~(MUX_v_3_2_2((FpExpoWidthInc_5U_8U_23U_1U_1U_FpExpoWidthInc_5U_8U_23U_1U_1U_and_4_nl),
      3'b111, IsInf_5U_23U_land_lpi_1_dfm));
  assign FpExpoWidthInc_5U_8U_23U_1U_1U_FpExpoWidthInc_5U_8U_23U_1U_1U_mux1h_nl =
      MUX1HOT_v_4_3_2((chn_a_rsci_d_mxwt[13:10]), (FpExpoWidthInc_5U_8U_23U_1U_1U_if_1_if_acc_psp_sva[3:0]),
      4'b1110, {FpExpoWidthInc_5U_8U_23U_1U_1U_FpExpoWidthInc_5U_8U_23U_1U_1U_nor_ssc
      , IsDenorm_5U_23U_land_lpi_1_dfm , IsInf_5U_23U_land_lpi_1_dfm});
  assign FpExpoWidthInc_5U_8U_23U_1U_1U_FpExpoWidthInc_5U_8U_23U_1U_1U_or_4_nl =
      MUX_v_10_2_2((FpExpoWidthInc_5U_8U_23U_1U_1U_o_mant_sva_2[9:0]), 10'b1111111111,
      IsInf_5U_23U_land_lpi_1_dfm);
  assign or_35_nl = FpExpoWidthInc_5U_8U_23U_1U_1U_FpExpoWidthInc_5U_8U_23U_1U_1U_nor_ssc
      | (~ chn_o_rsci_d_9_0_mx0c1);
  assign FpExpoWidthInc_5U_8U_23U_1U_1U_FpExpoWidthInc_5U_8U_23U_1U_1U_or_5_nl =
      MUX_v_10_2_2((FpExpoWidthInc_5U_8U_23U_1U_1U_o_mant_sva_2[22:13]), 10'b1111111111,
      IsInf_5U_23U_land_lpi_1_dfm);
  assign or_36_nl = FpExpoWidthInc_5U_8U_23U_1U_1U_FpExpoWidthInc_5U_8U_23U_1U_1U_nor_ssc
      | (~ and_48_cse);
  assign FpExpoWidthInc_5U_8U_23U_1U_1U_if_1_if_and_1_nl = (fsm_output[1]) & (chn_a_rsci_d_mxwt[14:10]==5'b00000);
  assign FpExpoWidthInc_5U_8U_23U_1U_1U_else_mux_1_nl = MUX_v_5_2_2(({4'b11 , (chn_a_rsci_d_mxwt[14])}),
      libraries_leading_sign_23_0_4073cf0915bb058d810f74a52f4b9b365444_1, FpExpoWidthInc_5U_8U_23U_1U_1U_if_1_if_and_1_nl);
  assign nl_z_out = conv_u2u_5_6(FpExpoWidthInc_5U_8U_23U_1U_1U_else_mux_1_nl) +
      6'b1;
  assign z_out = nl_z_out[5:0];
  function [0:0] MUX1HOT_s_1_1_2;
    input [0:0] input_0;
    input [0:0] sel;
    reg [0:0] result;
  begin
    result = input_0 & {1{sel[0]}};
    MUX1HOT_s_1_1_2 = result;
  end
  endfunction
  function [3:0] MUX1HOT_v_4_3_2;
    input [3:0] input_2;
    input [3:0] input_1;
    input [3:0] input_0;
    input [2:0] sel;
    reg [3:0] result;
  begin
    result = input_0 & {4{sel[0]}};
    result = result | ( input_1 & {4{sel[1]}});
    result = result | ( input_2 & {4{sel[2]}});
    MUX1HOT_v_4_3_2 = result;
  end
  endfunction
  function [0:0] MUX_s_1_2_2;
    input [0:0] input_0;
    input [0:0] input_1;
    input [0:0] sel;
    reg [0:0] result;
  begin
    case (sel)
      1'b0 : begin
        result = input_0;
      end
      default : begin
        result = input_1;
      end
    endcase
    MUX_s_1_2_2 = result;
  end
  endfunction
  function [9:0] MUX_v_10_2_2;
    input [9:0] input_0;
    input [9:0] input_1;
    input [0:0] sel;
    reg [9:0] result;
  begin
    case (sel)
      1'b0 : begin
        result = input_0;
      end
      default : begin
        result = input_1;
      end
    endcase
    MUX_v_10_2_2 = result;
  end
  endfunction
  function [1:0] MUX_v_2_2_2;
    input [1:0] input_0;
    input [1:0] input_1;
    input [0:0] sel;
    reg [1:0] result;
  begin
    case (sel)
      1'b0 : begin
        result = input_0;
      end
      default : begin
        result = input_1;
      end
    endcase
    MUX_v_2_2_2 = result;
  end
  endfunction
  function [2:0] MUX_v_3_2_2;
    input [2:0] input_0;
    input [2:0] input_1;
    input [0:0] sel;
    reg [2:0] result;
  begin
    case (sel)
      1'b0 : begin
        result = input_0;
      end
      default : begin
        result = input_1;
      end
    endcase
    MUX_v_3_2_2 = result;
  end
  endfunction
  function [3:0] MUX_v_4_2_2;
    input [3:0] input_0;
    input [3:0] input_1;
    input [0:0] sel;
    reg [3:0] result;
  begin
    case (sel)
      1'b0 : begin
        result = input_0;
      end
      default : begin
        result = input_1;
      end
    endcase
    MUX_v_4_2_2 = result;
  end
  endfunction
  function [4:0] MUX_v_5_2_2;
    input [4:0] input_0;
    input [4:0] input_1;
    input [0:0] sel;
    reg [4:0] result;
  begin
    case (sel)
      1'b0 : begin
        result = input_0;
      end
      default : begin
        result = input_1;
      end
    endcase
    MUX_v_5_2_2 = result;
  end
  endfunction
  function [5:0] conv_u2u_5_6 ;
    input [4:0] vector ;
  begin
    conv_u2u_5_6 = {1'b0, vector};
  end
  endfunction
endmodule
// ------------------------------------------------------------------
// Design Unit: HLS_fp16_to_fp32
// ------------------------------------------------------------------
module HLS_fp16_to_fp32 (
  nvdla_core_clk, nvdla_core_rstn, chn_a_rsc_z, chn_a_rsc_vz, chn_a_rsc_lz, chn_o_rsc_z,
      chn_o_rsc_vz, chn_o_rsc_lz
);
  input nvdla_core_clk;
  input nvdla_core_rstn;
  input [15:0] chn_a_rsc_z;
  input chn_a_rsc_vz;
  output chn_a_rsc_lz;
  output [31:0] chn_o_rsc_z;
  input chn_o_rsc_vz;
  output chn_o_rsc_lz;
// Interconnect Declarations
  wire chn_a_rsci_oswt;
  wire chn_a_rsci_oswt_unreg;
  wire chn_o_rsci_oswt;
  wire chn_o_rsci_oswt_unreg;
// Interconnect Declarations for Component Instantiations
  FP16_TO_FP32_chn_a_rsci_unreg chn_a_rsci_unreg_inst (
      .in_0(chn_a_rsci_oswt_unreg),
      .outsig(chn_a_rsci_oswt)
    );
  FP16_TO_FP32_chn_o_rsci_unreg chn_o_rsci_unreg_inst (
      .in_0(chn_o_rsci_oswt_unreg),
      .outsig(chn_o_rsci_oswt)
    );
  HLS_fp16_to_fp32_core HLS_fp16_to_fp32_core_inst (
      .nvdla_core_clk(nvdla_core_clk),
      .nvdla_core_rstn(nvdla_core_rstn),
      .chn_a_rsc_z(chn_a_rsc_z),
      .chn_a_rsc_vz(chn_a_rsc_vz),
      .chn_a_rsc_lz(chn_a_rsc_lz),
      .chn_o_rsc_z(chn_o_rsc_z),
      .chn_o_rsc_vz(chn_o_rsc_vz),
      .chn_o_rsc_lz(chn_o_rsc_lz),
      .chn_a_rsci_oswt(chn_a_rsci_oswt),
      .chn_a_rsci_oswt_unreg(chn_a_rsci_oswt_unreg),
      .chn_o_rsci_oswt(chn_o_rsci_oswt),
      .chn_o_rsci_oswt_unreg(chn_o_rsci_oswt_unreg)
    );
endmodule